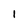
Character: l